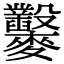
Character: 𪎇